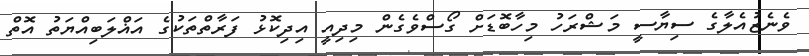
ވެނެޒުއެލާގެ ސިޔާސީ މަޝްރަހު މިހާބޮޑަށް ގޯސްވެގެން މިދިއީ އިދިކޮޅު ފަރާތްތަކުގެ އަޣްލަބިއްޔަތު އޮތް